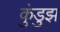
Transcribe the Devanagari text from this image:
कुंडुझ